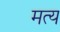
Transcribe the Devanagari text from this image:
मत्य